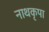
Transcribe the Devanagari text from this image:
नाथकृपा